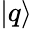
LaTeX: |q\rangle